Bulletin of the Pasteur Institute of Southern India, Coonoor - No. 1.
Year: 1908
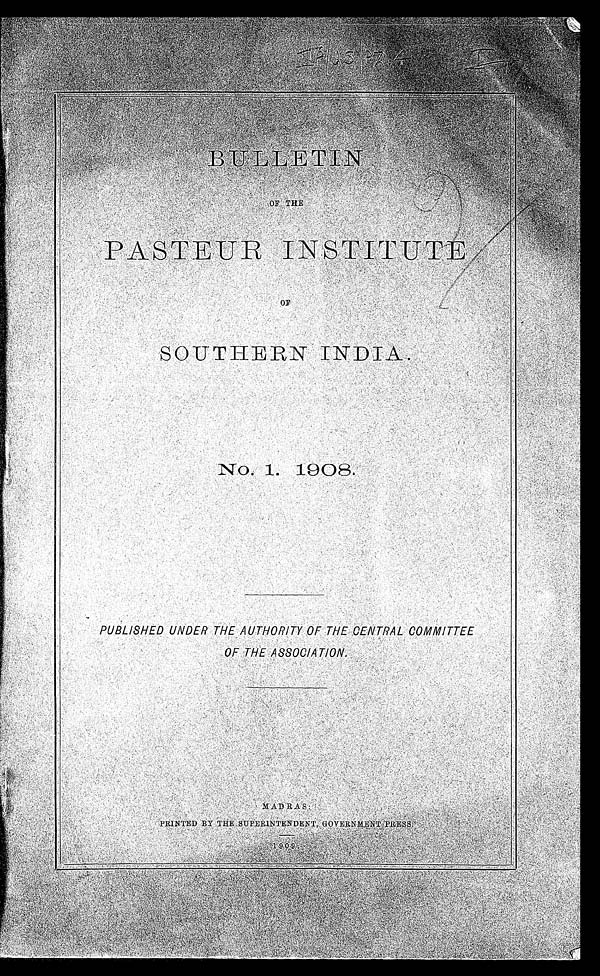
BULLETIN
OF THE
PASTI UR INSTITUTE
OF
SOUTHERN INDIA.
No. 1. 1908.
PUBLISHED UNDER THE AUTHORITY OF THE CENTRAL COMMITTEE
OF THE ASSOCIATION.
MADRAS
PRINTEED BY THE SUPERINTENDENT GOVERNMENT PRESS.
1909